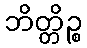
ဘိတ္တိဉ္စ